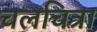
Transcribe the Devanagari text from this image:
चलचित्रा